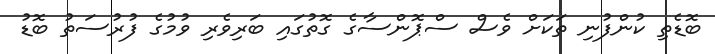
ބޮޑެތި ކުންފުނި ތަކަށް ވެސް ސްޕޮންސާގެ ގޮތުގައި ބަރިވެރި ވުމުގެ ފުރުސަތު ބޮޑު